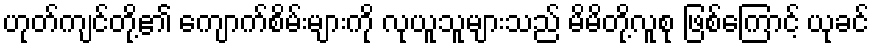
ဟုတ်ကျင်တို့၏ ကျောက်စိမ်းများကို လုယူသူများသည် မိမိတို့လူစု ဖြစ်ကြောင့် ယုခင်